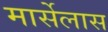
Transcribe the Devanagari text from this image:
मार्सेलास